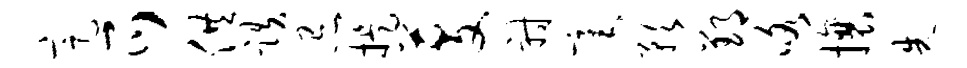
定爪供跌忌提芟射毫预郢咯攘先